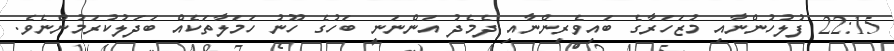
22:15 ފުލުހުންނާއި މުޒަހަރާގެ ބައިވެރިންނާއި ދެމެދު އަންނަނީ ބަހުގެ ހޫނު ހަމަލާތަކެއް ބަދަލުކުރަމުންނެވެ.